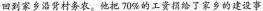
回到家乡沿背村务农。他把70%的工资捐给了家乡的建设事